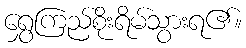
ရွှေကြည်စိုးရိမ်သွားရ၏။